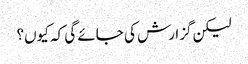
لیکن گزارش کی جائے گی کہ کیوں؟